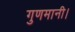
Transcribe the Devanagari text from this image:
गुणमानी।